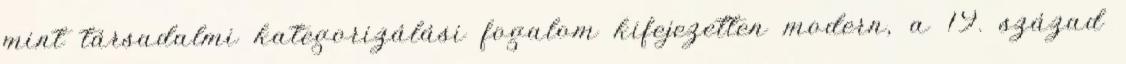
mint társadalmi kategorizálási fogalom kifejezetten modern, a 19. század